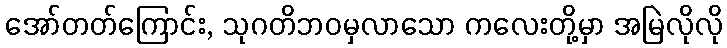
အော်တတ်ကြောင်း, သုဂတိဘဝမှလာသော ကလေးတို့မှာ အမြဲလိုလို